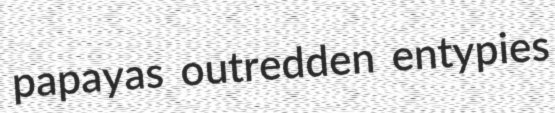
papayas outredden entypies